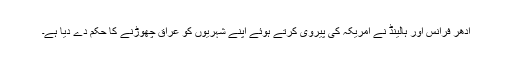
ادھر فرانس اور ہالینڈ نے امریکہ کی پیروی کرتے ہوئے اپنے شہریوں کو عراق چھوڑنے کا حکم دے دیا ہے۔